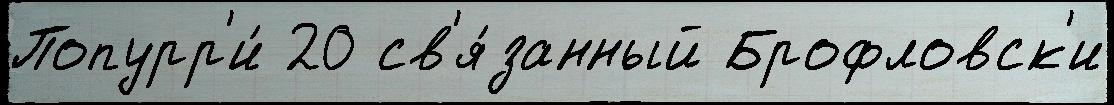
Попурр'и́ 20 св'я́занный Брофловск'и